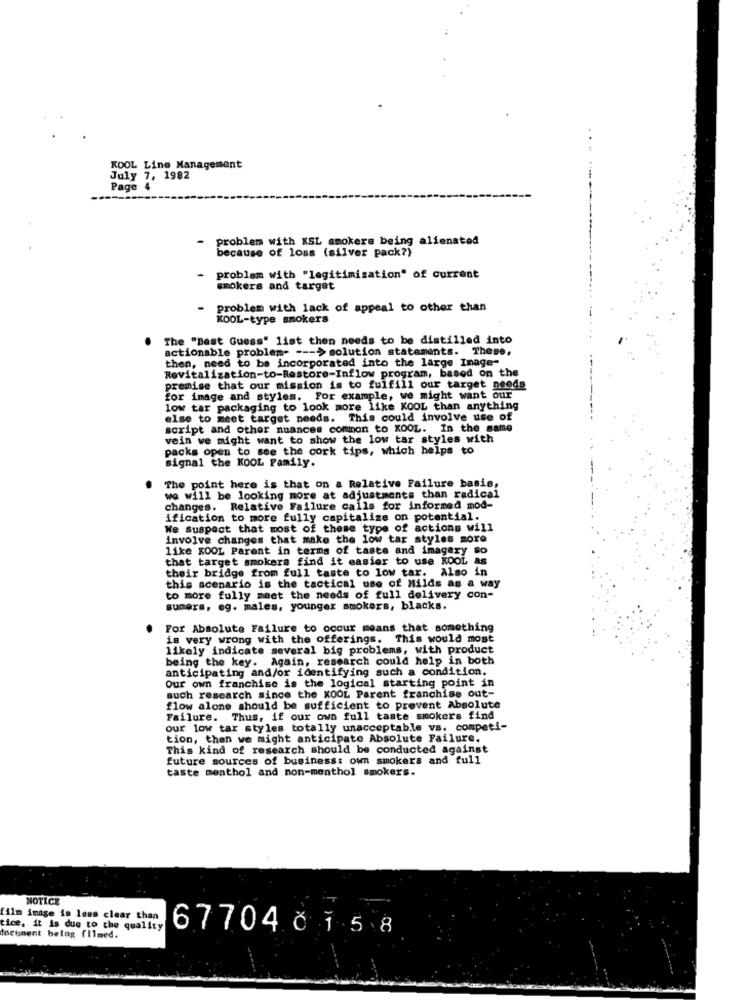
KOOL Line Management
July 7, 1982
Page 4
-
problem with KSL smokers being alienated
because of loss (silver pack?)
problem with "legitimization" of current
smokers and target
-
problem with lack of appeal to other than
KOOL-type smokers
The "Best Guess" list then needs to be distilled into
actionable problem- --- > solution statements. These,
then, need to be incorporated into the large Image-
Revitalization-to-Restore-Inflow program, based on the
premise that our mission is to fulfill our target needs
for image and styles. For example, we might want our
low tar packaging to look more like KOOL than anything
else to meet target needs. This could involve use of
script and other nuances common to KOOL. In the same
vein we might want to show the low tar styles with
packs open to see the cork tips, which helps to
signal the KOOL Family.
The point here is that on a Relative Failure basis,
we will be looking more at adjustments than radical
changes. Relative Failure calls for informed mod-
ification to more fully capitalize on potential.
We Suspect that most of these type of actions will
involve changes that make the low tar styles more
like KOOL Parent in terms of taste and imagery so
that target smokers find it easier to use KOOL as
their bridge from full taste to low tar. Also in
this scenario is the tactical use of Milds as a way
to more fully meet the needs of full delivery con-
suners, eg. males, younger smokers, blacks.
For Absolute Failure to occur means that something
is very wrong with the offerings. This would most
likely indicate several big problems, with product
being the key. Again, research could help in both
anticipating and/or identifying such a condition.
Our own franchise is the logical starting point in
such research since the KOOL Parent franchise out-
flow alone should be sufficient to prevent Absolute
Failure. Thus, if our own full taste smokers find
our low tar styles totally unacceptable vs. competi-
tion, then we might anticipate Absolute Failure.
This kind of research should be conducted against
future sources of business: own smokers and full
taste menthol and non-menthol smokers.
NOTICE
film image is less clear than
tice, it is due to the quality
67704Č 15 8
document betag (Ilmed.